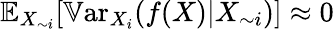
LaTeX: \mathbb{E}_{X_{\sim i}}[\mathbb{V}\mathrm{ar}_{X_{i}}(f(X)|X_{\sim i})]\approx 0